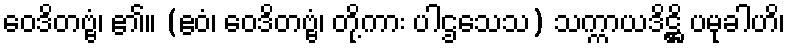
ဝေဒိတဗ္ဗံ၊ ၏။ (ဧဝံ၊ ဝေဒိတဗ္ဗံ၊ တို့ကား ပါဌသေသ) သက္ကာယဒိဋ္ဌိ ပမုခါဟိ၊